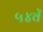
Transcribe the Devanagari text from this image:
५४वें